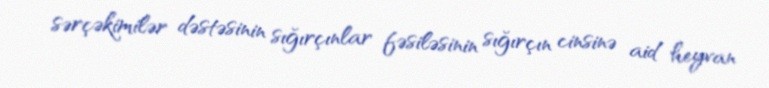
sərçəkimilər dəstəsinin sığırçınlar fəsiləsinin sığırçın cinsinə aid heyvan